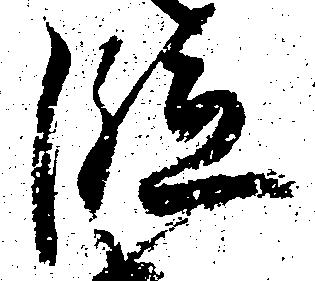
段